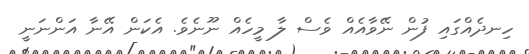
ހިނދެއްގައި ފުން ނޭވާއެއް ވެސް ލާ މީހެއް ނޫނެވެ. އެކަން އޭނާ އަންނަނީ